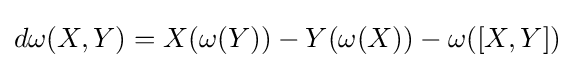
d\omega (X,Y)=X(\omega (Y))-Y(\omega (X))-\omega ([X,Y])